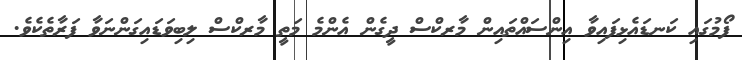
ފޯމުގައި ކަނޑައެޅިފައިވާ އިންސައްތައިން މާރކްސް ދީގެން އެންމެ މަތީ މާރކްސް ލިބިވަޑައިގަންނަވާ ފަރާތެކެވެ.